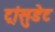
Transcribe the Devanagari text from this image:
ट्रांसुडेट